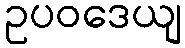
ဥပဝဒေယျ